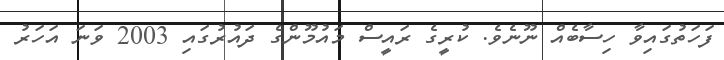
ފަހަތުގައިވާ ހިސާބެއް ނޫނެވެ. ކުރީގެ ރައީސް މައުމޫންގެ ދައުރުގައި 2003 ވަނަ އަހަރު